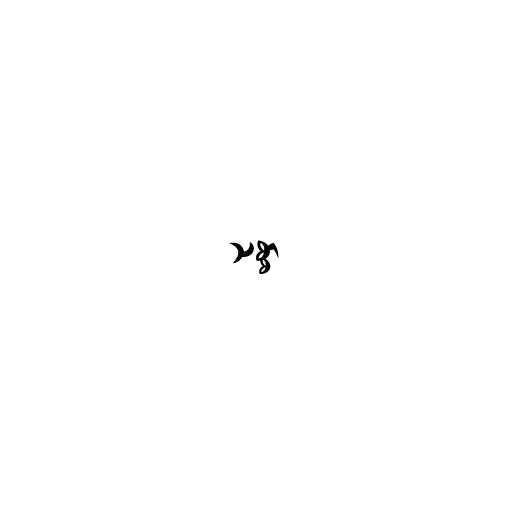
သစ္စာ